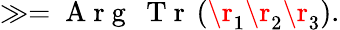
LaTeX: \begin{array}{r}{\gg=\mathrm{~A~r~g~}\: \mathrm{~T~r~}\left(\r_{1}\r_{2}\r_{3}\right).}\end{array}